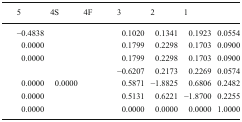
<table><thead><tr><td>[EMPTY_CELL]</td><td><b>5</b></td><td><b>4S</b></td><td><b>4F</b></td><td><b>3</b></td><td><b>2</b></td><td><b>1</b></td><td>[EMPTY_CELL]</td></tr></thead><tbody><tr><td>[EMPTY_CELL]</td><td>−0.4838</td><td>[EMPTY_CELL]</td><td>[EMPTY_CELL]</td><td>0.1020</td><td>0.1341</td><td>0.1923</td><td>0.0554</td></tr><tr><td>[EMPTY_CELL]</td><td>0.0000</td><td>[EMPTY_CELL]</td><td>[EMPTY_CELL]</td><td>0.1799</td><td>0.2298</td><td>0.1703</td><td>0.0900</td></tr><tr><td>[EMPTY_CELL]</td><td>0.0000</td><td>[EMPTY_CELL]</td><td>[EMPTY_CELL]</td><td>0.1799</td><td>0.2298</td><td>0.1703</td><td>0.0900</td></tr><tr><td>[EMPTY_CELL]</td><td>[EMPTY_CELL]</td><td>[EMPTY_CELL]</td><td>[EMPTY_CELL]</td><td>−0.6207</td><td>0.2173</td><td>0.2269</td><td>0.0574</td></tr><tr><td>[EMPTY_CELL]</td><td>0.0000</td><td>0.0000</td><td>[EMPTY_CELL]</td><td>0.5871</td><td>−1.8825</td><td>0.6806</td><td>0.2482</td></tr><tr><td>[EMPTY_CELL]</td><td>0.0000</td><td>[EMPTY_CELL]</td><td>[EMPTY_CELL]</td><td>0.5131</td><td>0.6221</td><td>−1.8700</td><td>0.2255</td></tr><tr><td>[EMPTY_CELL]</td><td>0.0000</td><td>[EMPTY_CELL]</td><td>[EMPTY_CELL]</td><td>0.0000</td><td>0.0000</td><td>0.0000</td><td>1.0000</td></tr></tbody></table>